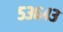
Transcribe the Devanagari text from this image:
५३६४३